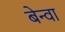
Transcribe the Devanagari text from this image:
बेन्वा